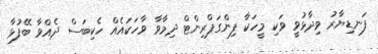
ފަނޑިޔާރު ވިދާޅުވީ ވަކި މީހަކާ ފިންގަޕްރިންޓް ދިމާވާ ވާހަކައެއް ހެކިބަސް ދެއްވާ ބޭފުޅާ